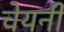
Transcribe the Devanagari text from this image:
चेयनी